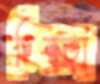
চিরতা